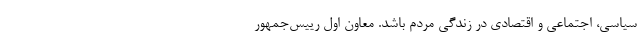
‌سیاسی، اجتماعی و اقتصادی در زندگی مردم باشد. معاون اول رییس‌جمهور